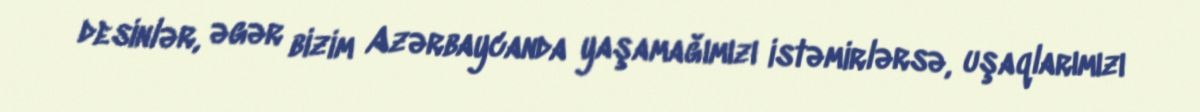
desinlər, əgər bizim Azərbaycanda yaşamağımızı istəmirlərsə, uşaqlarımızı